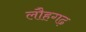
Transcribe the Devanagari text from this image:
लौहगढ़